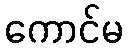
ကောင်မ